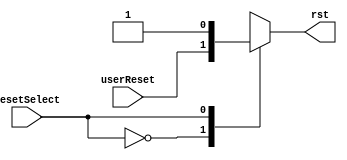
`timescale 1ns / 1ps
//////////////////////////////////////////////////////////////////////////////////
// Company: 
// Engineer: 
// 
// Design Name: 
// Module Name: Reset_Mux
// Project Name: 
// Target Devices: 
// Tool Versions: 
// Description: 
// 
// Dependencies: 
// 
// Revision:
// Revision 0.01 - File Created
// Additional Comments:
// 
//////////////////////////////////////////////////////////////////////////////////


module Reset_Mux(
    input userReset,   //btnC
    input resetSelect, //select signal
    output reg rst    
    );
    
    always@(*)begin
        case(resetSelect)
        0: begin rst<=userReset; end
        1: begin rst<=1; end
        endcase
    end
endmodule